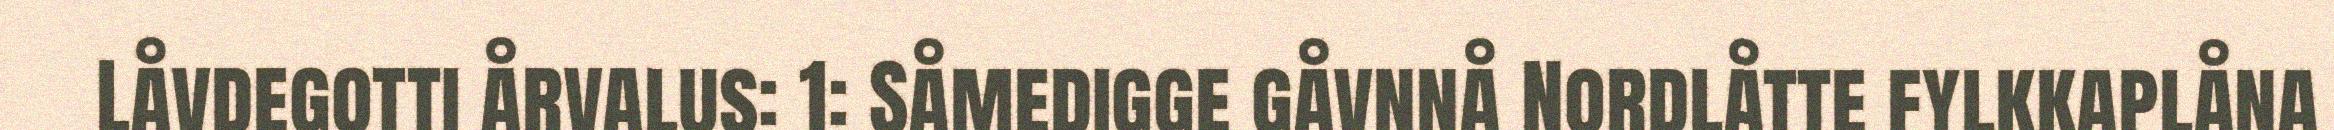
Låvdegotti årvalus: 1: Såmedigge gåvnnå Nordlåtte fylkkaplåna